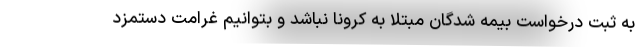
به ثبت درخواست بیمه شدگان مبتلا به کرونا نباشد و بتوانیم غرامت دستمزد